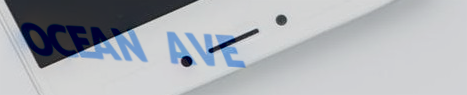
OCEAN AVE